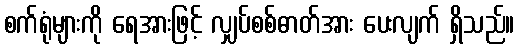
စက်ရုံများကို ရေအားဖြင့် လျှပ်စစ်ဓာတ်အား ပေးလျက် ရှိသည်။